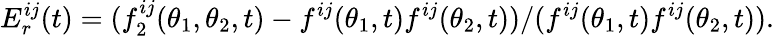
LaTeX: E_{r}^{ij}(t)=(f_{2}^{ij}(\theta_{1},\theta_{2},t)-f^{ij}(\theta_{1},t)f^{ij}(\theta_{2},t))/(f^{ij}(\theta_{1},t)f^{ij}(\theta_{2},t)).